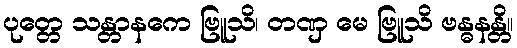
ပုတ္တေ သန္တာနကေ ဗြူသိ၊ တဏှ မေ ဗြူသိ ဗန္ဓနန္တိ။